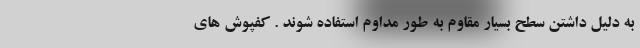
به دلیل داشتن سطح بسیار مقاوم به طور مداوم استفاده شوند . کفپوش های